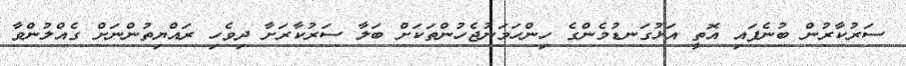
ސަރުކާރުން ބުނެފައި އޮތީ އަޅުގަނޑުމެންގެ ހިންހަމަނުޖެހުންތަކަށް ބަލާ ސަރުކާރަށާ ދިވެހި ރައްޔިތުންނަށް ގެއްލުންވާ